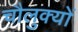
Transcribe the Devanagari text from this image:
चौलुक्यों